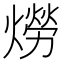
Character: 𤏪